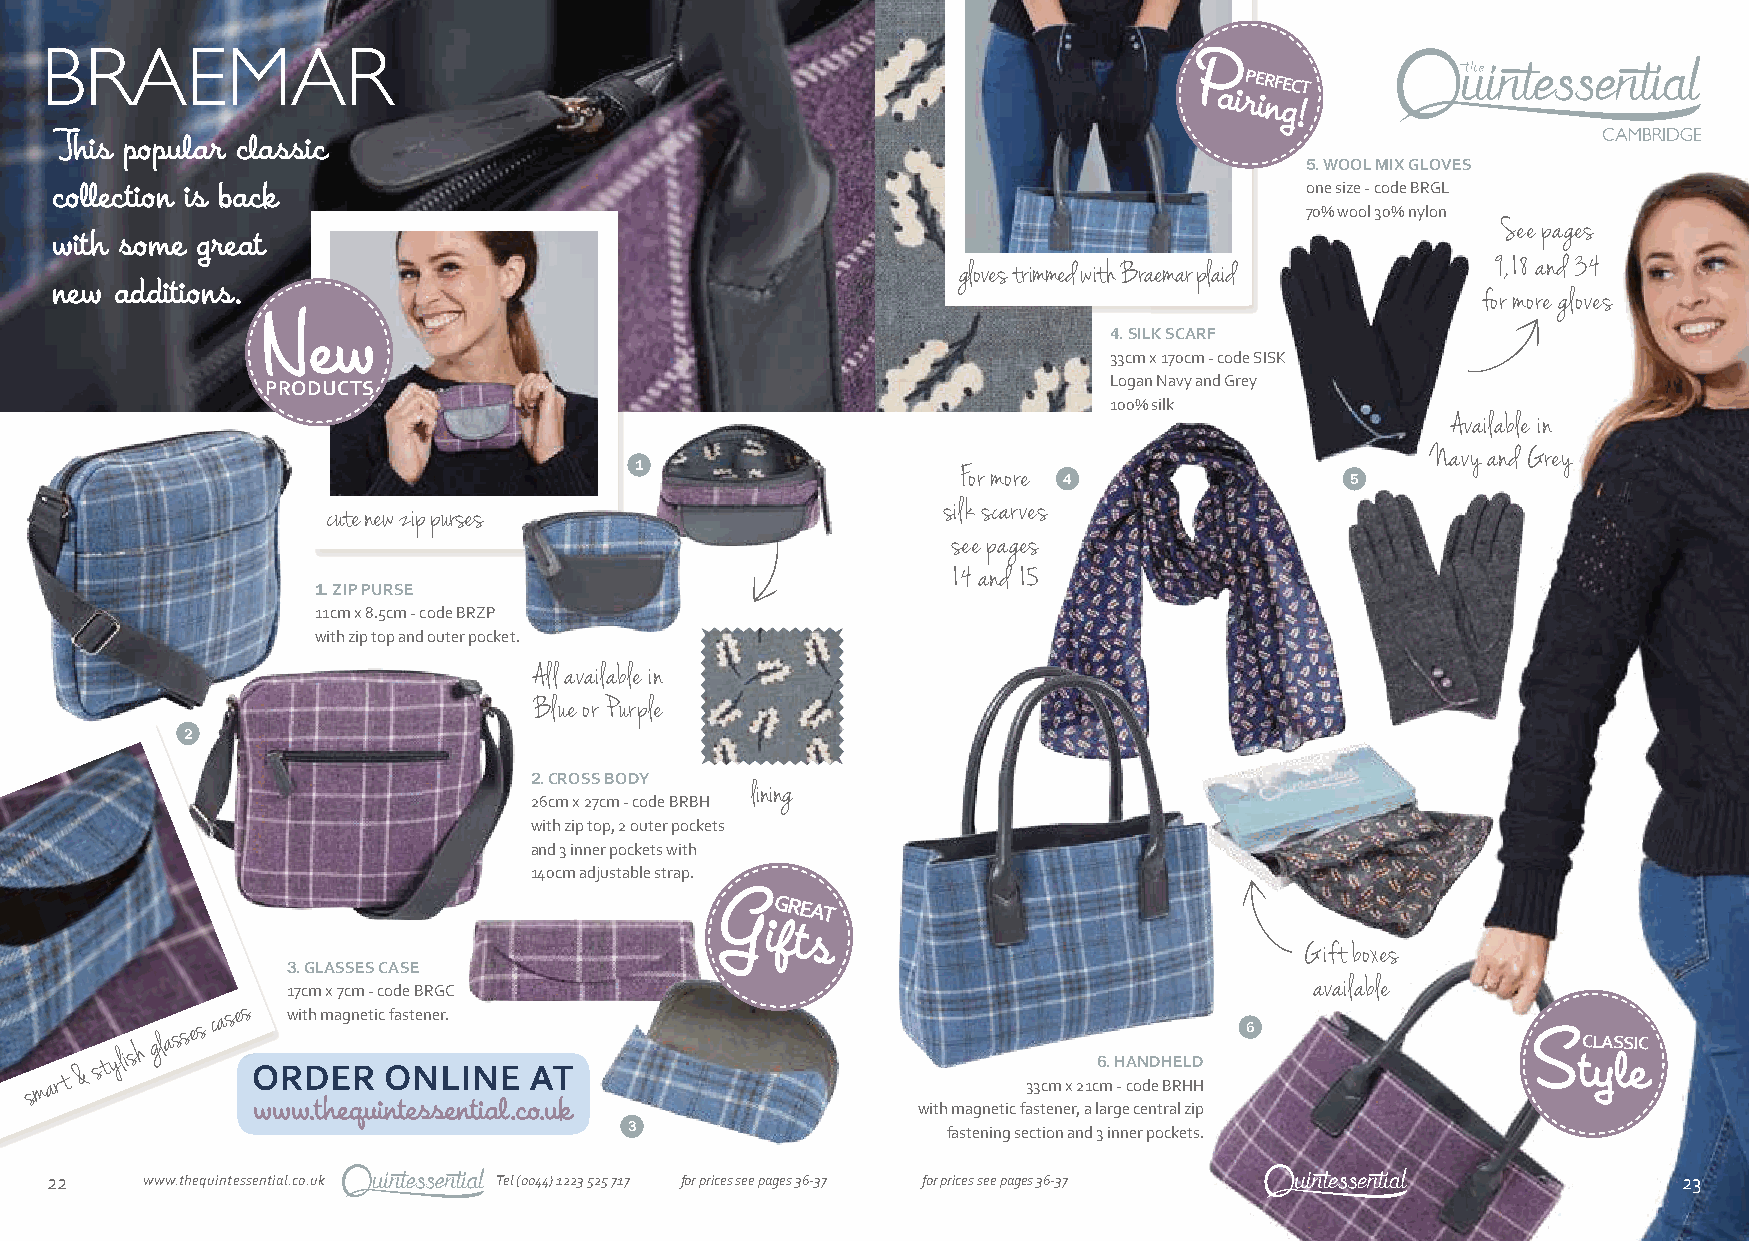
BRAEMAR
 PPERFECT
 airing!
 This popular classic
 5. WOOL MIX GLOVES
 collection is back                                                                 one size - code BRGL
 70% wool 30% nylon
 See pages
 with some great
 9,18 and 34
 gloves trimmed with Braemar plaid
 new  additions.
 for more gloves
 New                                                     4. SILK SCARF
 33cm x 170cm - code SISK
 PRODUCTS                                               Logan Navy and Grey
 100% silk
 Available in
 Navy and Grey
 1                     For more
 4                  5
 cute new zip purses                     silk scarves
 see pages
 14 and 15
 1. ZIP PURSE
 11cm x 8.5cm - code BRZP
 with zip top and outer pocket.
 All available in
 Blue or Purple
 2
 2. CROSS BODY
 lining
 26cm x 27cm - code BRBH
 with zip top, 2 outer pockets
 and 3 inner pockets with
 140cm adjustable strap.
 GGREAT
 ifts
 Gift boxes
 3. GLASSES CASE
 available
 17cm x 7cm - code BRGC
 s m
 art
 &
 st
 ylish
 glasses
 cases
 with magnetic fastener.
 33cm x
 21c6 m. H
 -
 cA oN dD
 e
 H BRE HLD
 H
 6
 S  tCL yAS lS eIC
 with magnetic fastener, a large central zip
 3                    fastening section and 3 inner pockets.
 22    www.thequintessential.co.uk Tel (0044) 1223 525 717 for prices see pages 36-37 for prices see pages 36-37 23